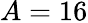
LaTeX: A=16